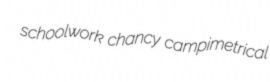
schoolwork chancy campimetrical